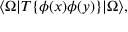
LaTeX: \langle \Omega | T \{ \phi ( x ) \phi ( y ) \} | \Omega \rangle ,